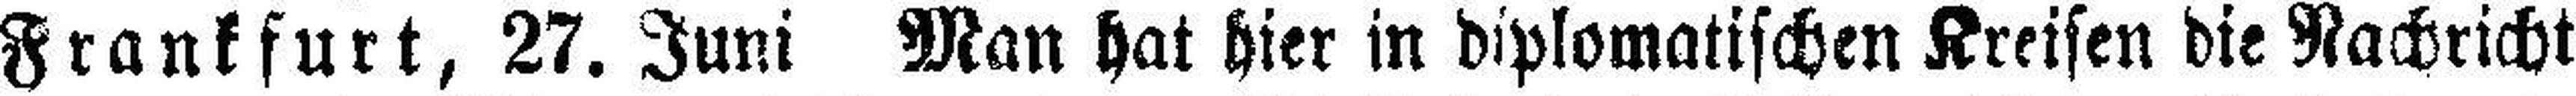
Frankfurt, 27. Juni Man hat hier in diplomatischen Kreisen die Nachricht